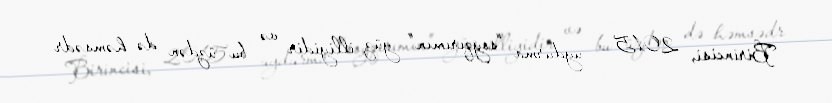
Birincisi, 2015 - uydurma “soyqırımın” yüz illiyidir və bu üzdən də həmsədr